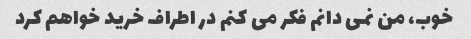
خوب، من نمی دانم فکر می کنم در اطراف خرید خواهم کرد